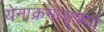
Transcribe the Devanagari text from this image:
येनाक्रमंत्यृषयो